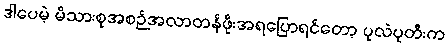
ဒါပေမဲ့ မိသားစုအစဉ်အလာတန်ဖိုးအရပြောရင်တော့ ပုလဲပုတီးက